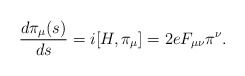
\begin{align*}\frac{d\pi_{\mu}(s)}{ds}=i[H,\pi_{\mu}] =2eF_{\mu\nu}\pi^{\nu} .\end{align*}